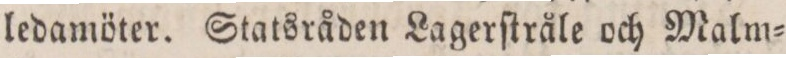
ledamöter. Statsråden Lagerſtråle och Malm=